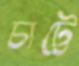
চাট্টে